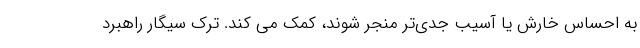
به احساس خارش یا آسیب جدی‌تر منجر شوند، کمک می کند. ترک سیگار راهبرد